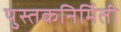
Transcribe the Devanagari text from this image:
पुस्तकनिर्मिती